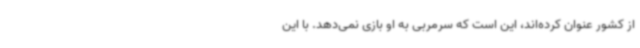
از کشور عنوان کرده‌اند، این است که سرمربی به او بازی نمی‌دهد. با این